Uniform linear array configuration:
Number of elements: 8
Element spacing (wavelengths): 0.25
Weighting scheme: kaiser
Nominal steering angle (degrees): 60
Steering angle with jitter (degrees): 60.671
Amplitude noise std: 0.05
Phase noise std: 0.05

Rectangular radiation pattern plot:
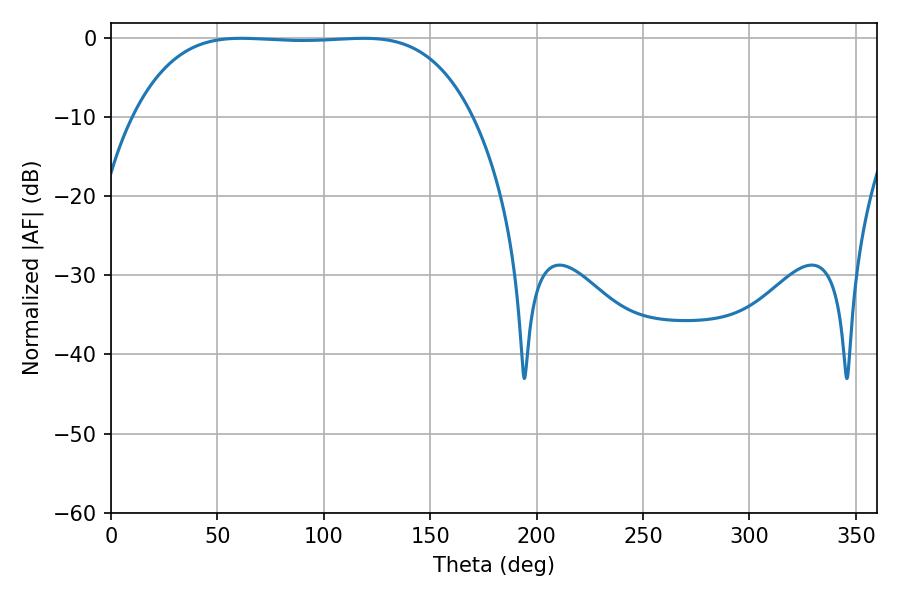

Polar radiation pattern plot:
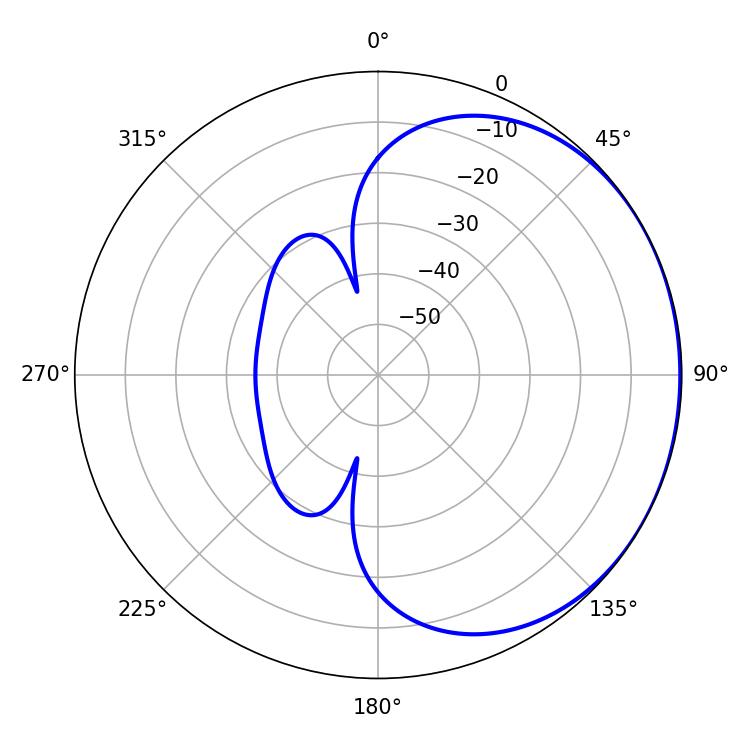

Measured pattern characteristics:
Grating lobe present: FALSE
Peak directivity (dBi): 0.7475
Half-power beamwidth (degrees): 123.12
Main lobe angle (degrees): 61.2